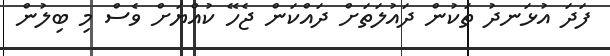
ފަދަ އުޅަނދު ތަކުން ދައުލަތަށް ދައްކަން ޖެހޭ ކުއްޔަށް ވެސް މި ބިލުން